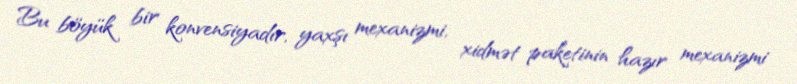
Bu böyük bir konvensiyadır, yaxşı mexanizmi, xidmət paketinin hazır mexanizmi